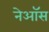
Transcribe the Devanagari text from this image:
नेऑस